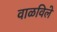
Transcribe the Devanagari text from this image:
वाळविले